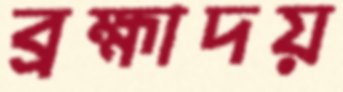
ব্রহ্মাদয়